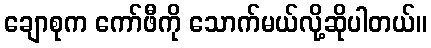
ချောစုက ကော်ဖီကို သောက်မယ်လို့ဆိုပါတယ်။